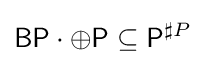
{\mathsf {BP}}\cdot \oplus {\mathsf {P}}\subseteq {\mathsf {P}}^{\sharp P}